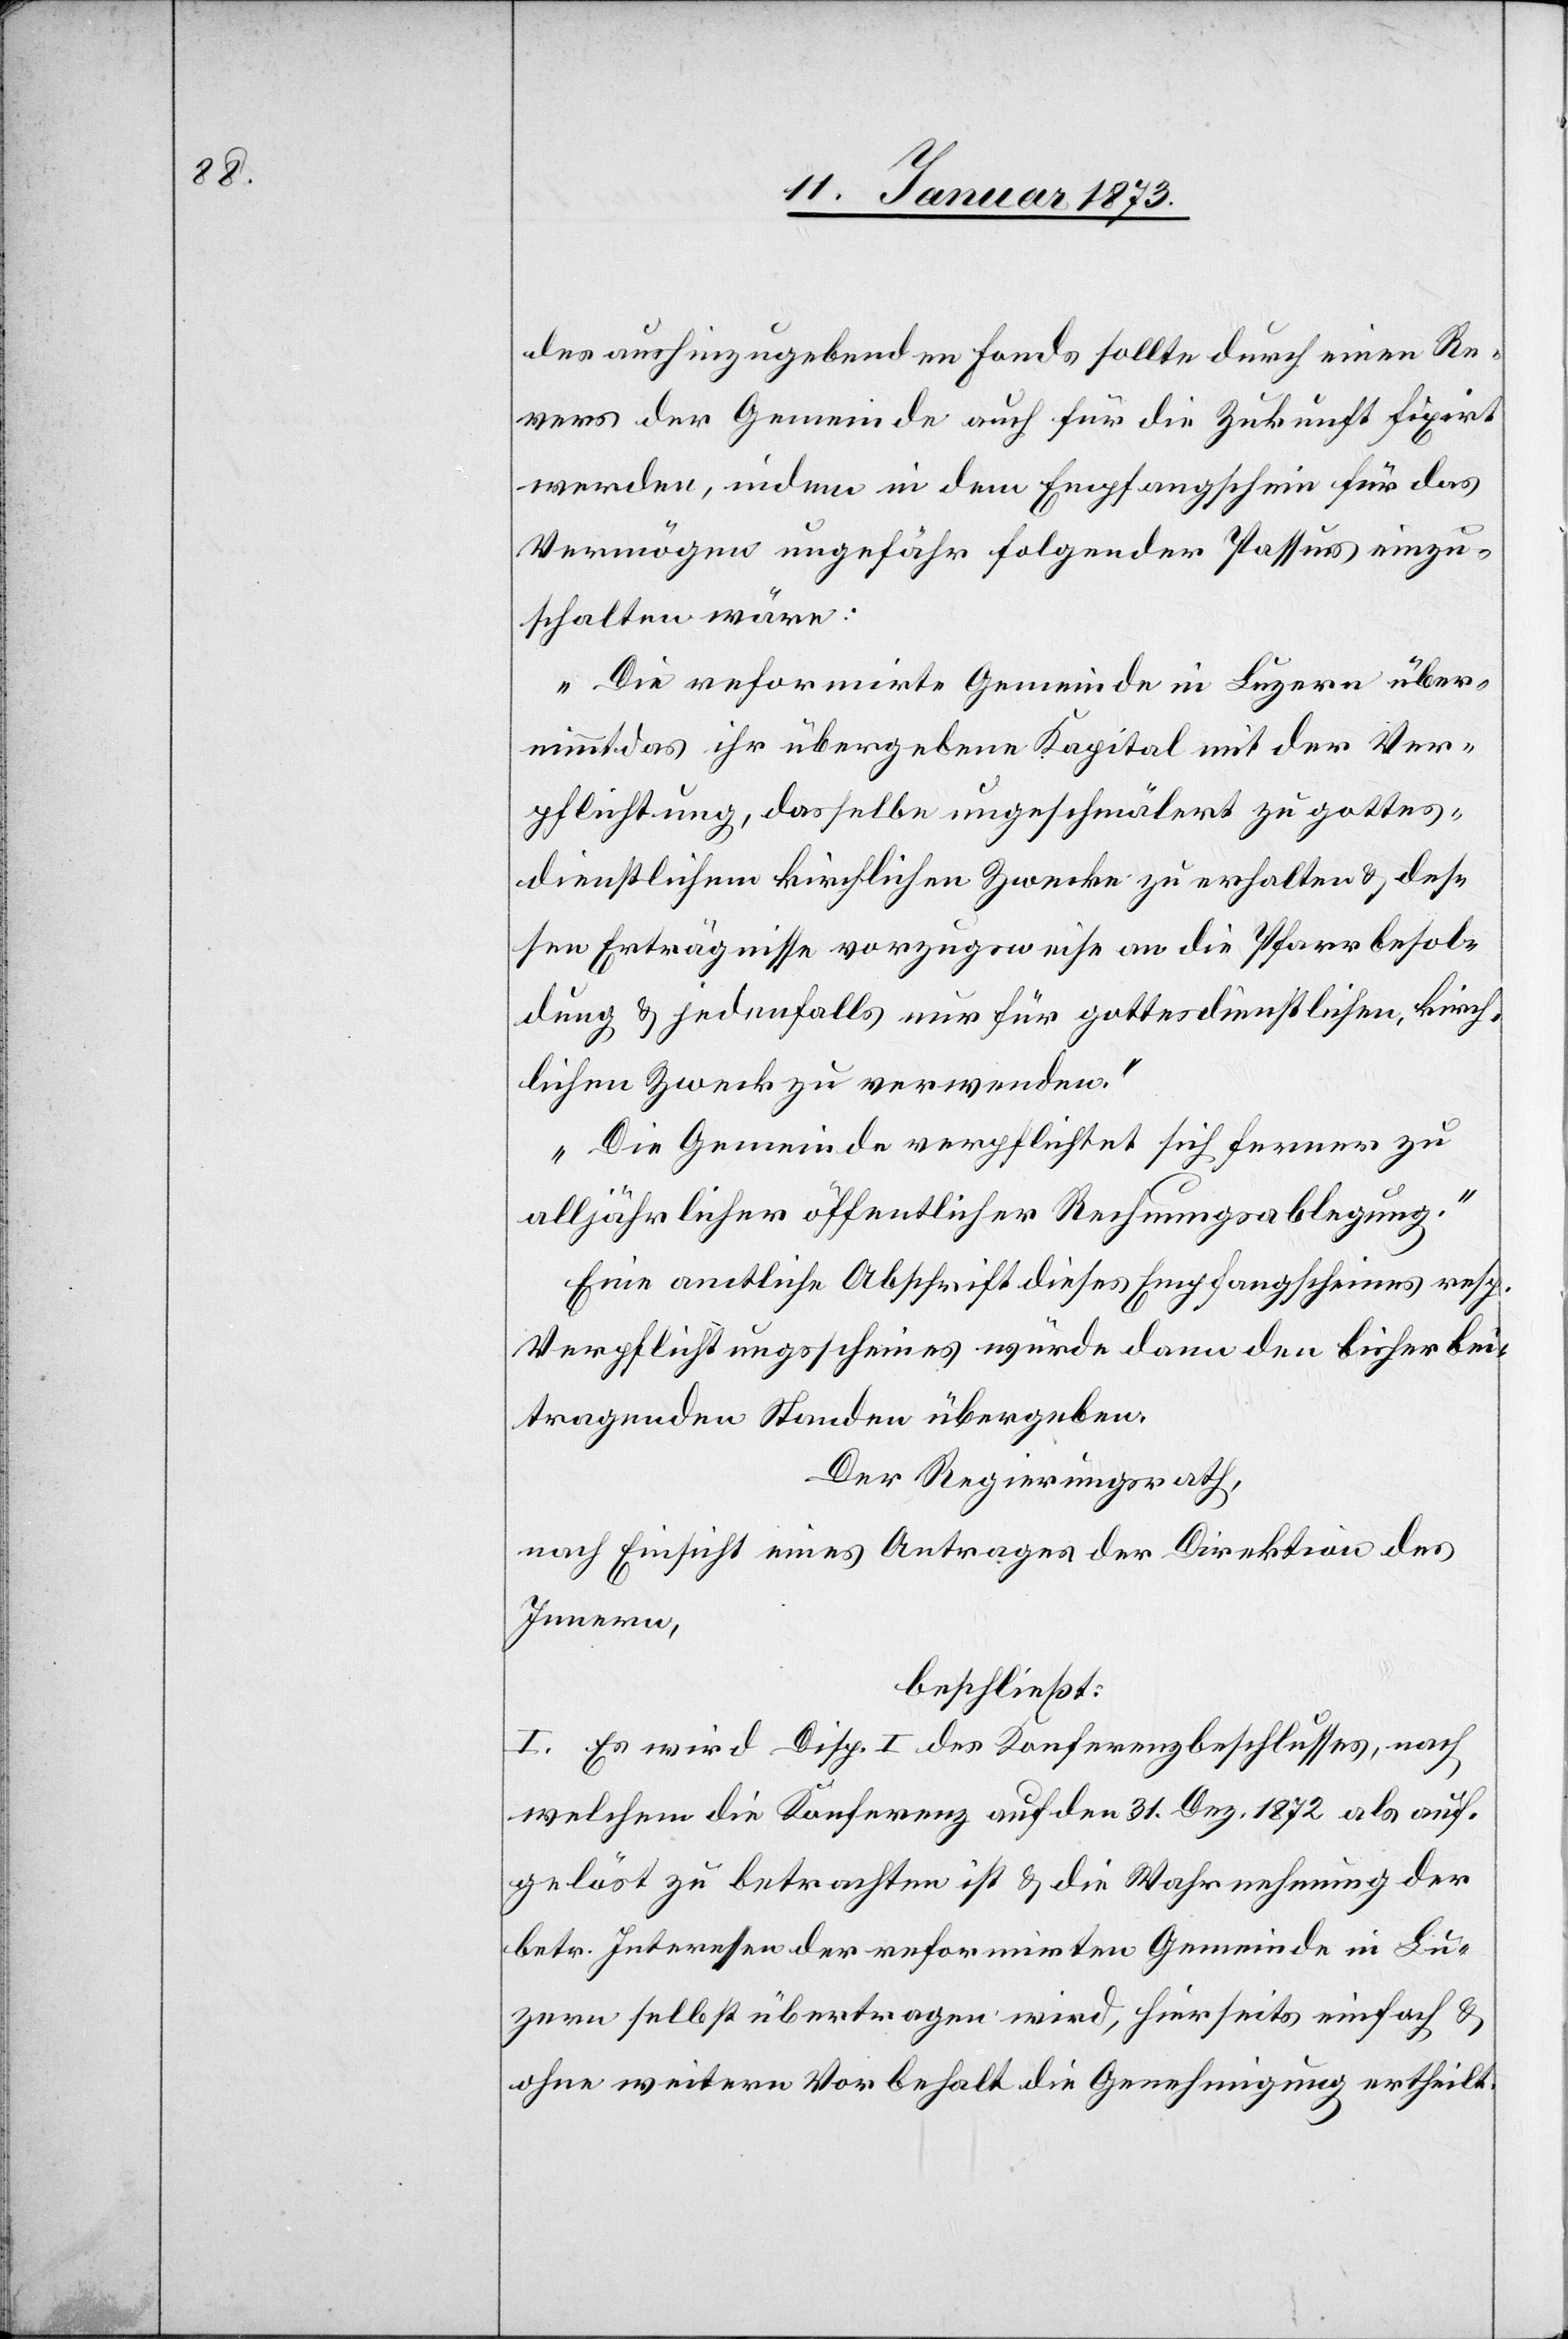
der aushinzugebenden Fonds sollte durch einen Re¬
vers der Gemeinde auch für die Zukunft fixirt
werden, indem in dem Empfangsschein für das
Vermögen ungefähr folgender Passus einzu¬
schalten wäre:
„Die reformirte Gemeinde in Luzern über¬
nimmt das ihr übergebene Kapital mit der Ver¬
pflichtung, dasselbe ungeschmälert zu gottes¬
dienstlichem kirchlichen Zwecke zu erhalten & des¬
sen Erträgnisse vorzugsweise an die Pfarrbesol¬
dung & jedenfalls nur für gottesdienstlichen, kirch¬
lichen Zweck zu verwenden.“
„Die Gemeinde verpflichtet sich ferner zu
alljährlicher öffentlicher Rechnungsablegung.“
Eine amtliche Abschrift dieses Empfangscheines resp.
Verpflichtungsscheines würde dann den bisher bei¬
tragenden Standen [sic!] übergeben.
Der Regierungsrath,
nach Einsicht eines Antrages der Direktion des
Innern,
beschließt:
I. Es wird Disp. I des Konferenzbeschlusses, nach
welchem die Konferenz auf den 31. Dez. 1872 als auf¬
gelöst zu betrachten ist u. die Wahrnehmung der
betr. Interessen der reformirten Gemeinde in Lu¬
zern selbst übertragen wird, hierseits einfach u.
ohne weitern Vorbehalt die Genehmigung ertheilt.